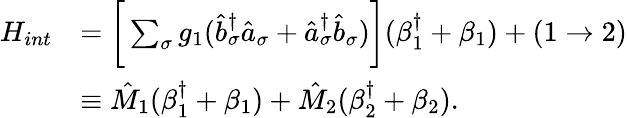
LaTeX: \begin{array}{rl}{H_{int}}&{=\bigg[\sum_{\sigma}g_{1}(\hat{b}_{\sigma}^{\dagger}\hat{a}_{\sigma}+\hat{a}_{\sigma}^{\dagger}\hat{b}_{\sigma})\bigg](\beta_{1}^{\dagger}+\beta_{1})+(1\rightarrow 2)}\\ &{\equiv\hat{M}_{1}(\beta_{1}^{\dagger}+\beta_{1})+\hat{M}_{2}(\beta_{2}^{\dagger}+\beta_{2}).}\end{array}